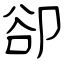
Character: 卻